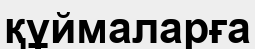
құймаларға